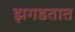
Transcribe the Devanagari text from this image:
झगडतात